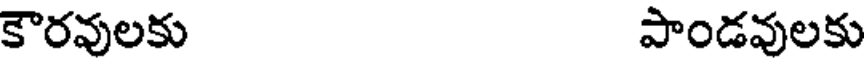
కౌరవులకు పాండవులకు